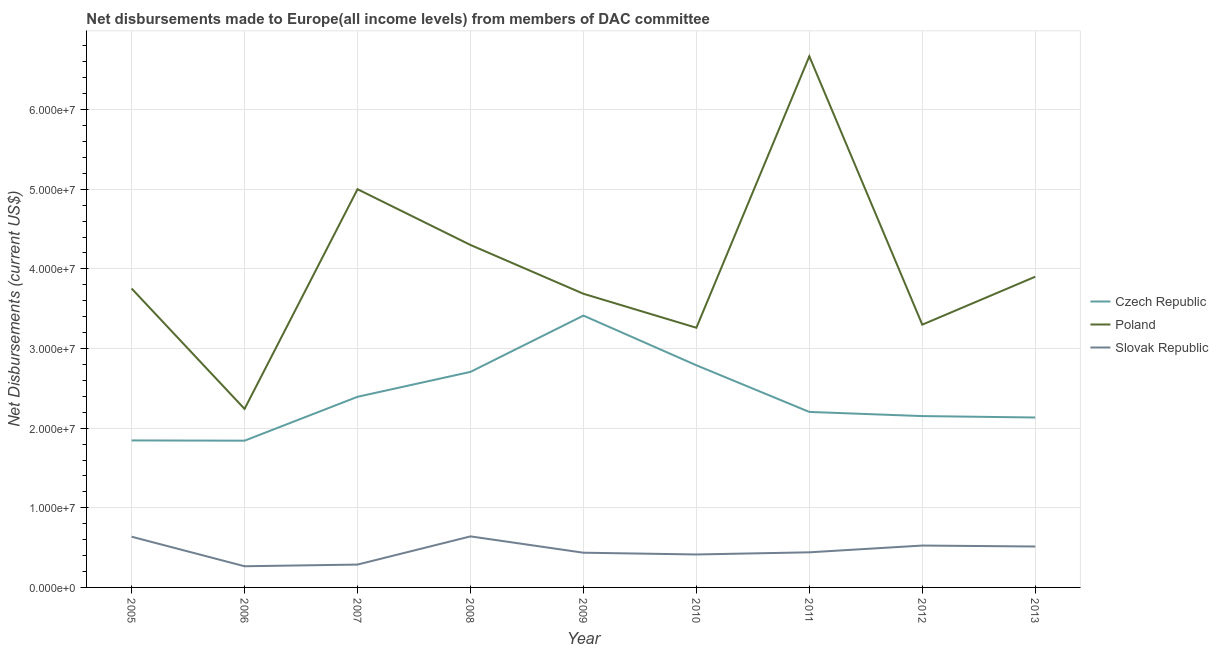
| Year | Czech Republic | Poland | Slovak Republic |
 | --- | --- | --- | --- |
 | 2005 | 1.85e+07 | 3.75e+07 | 6.37e+06 |
 | 2006 | 1.84e+07 | 2.24e+07 | 2.66e+06 |
 | 2007 | 2.39e+07 | 5e+07 | 2.87e+06 |
 | 2008 | 2.71e+07 | 4.3e+07 | 6.41e+06 |
 | 2009 | 3.41e+07 | 3.69e+07 | 4.36e+06 |
 | 2010 | 2.79e+07 | 3.26e+07 | 4.14e+06 |
 | 2011 | 2.2e+07 | 6.67e+07 | 4.41e+06 |
 | 2012 | 2.15e+07 | 3.3e+07 | 5.26e+06 |
 | 2013 | 2.13e+07 | 3.9e+07 | 5.14e+06 |